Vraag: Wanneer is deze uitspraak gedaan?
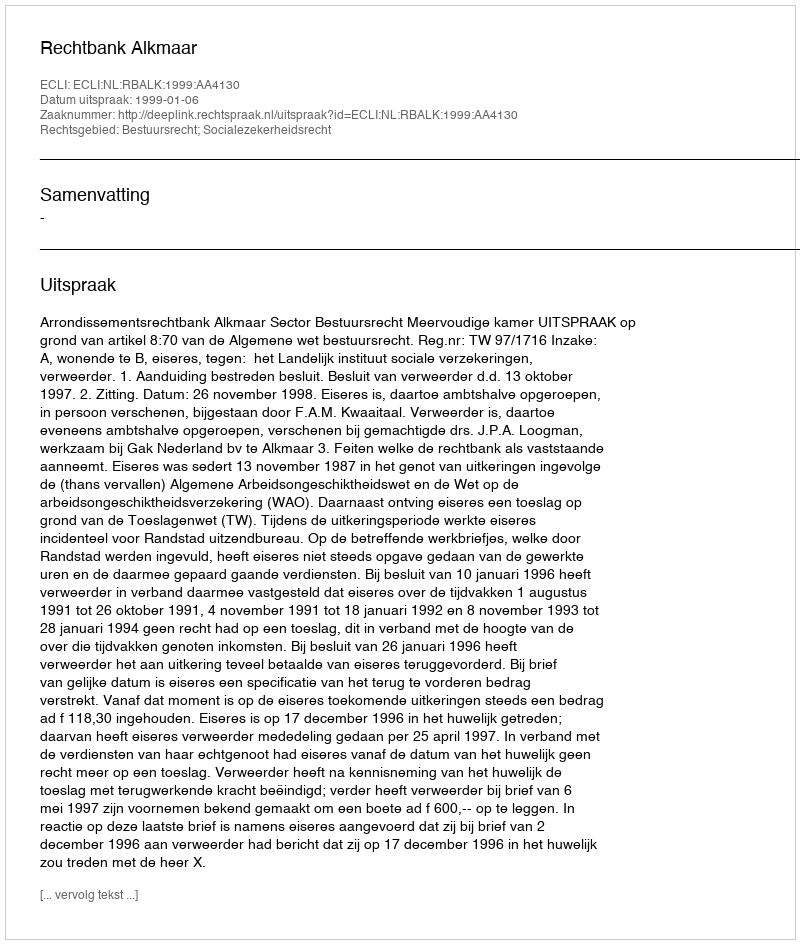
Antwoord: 1999-01-06